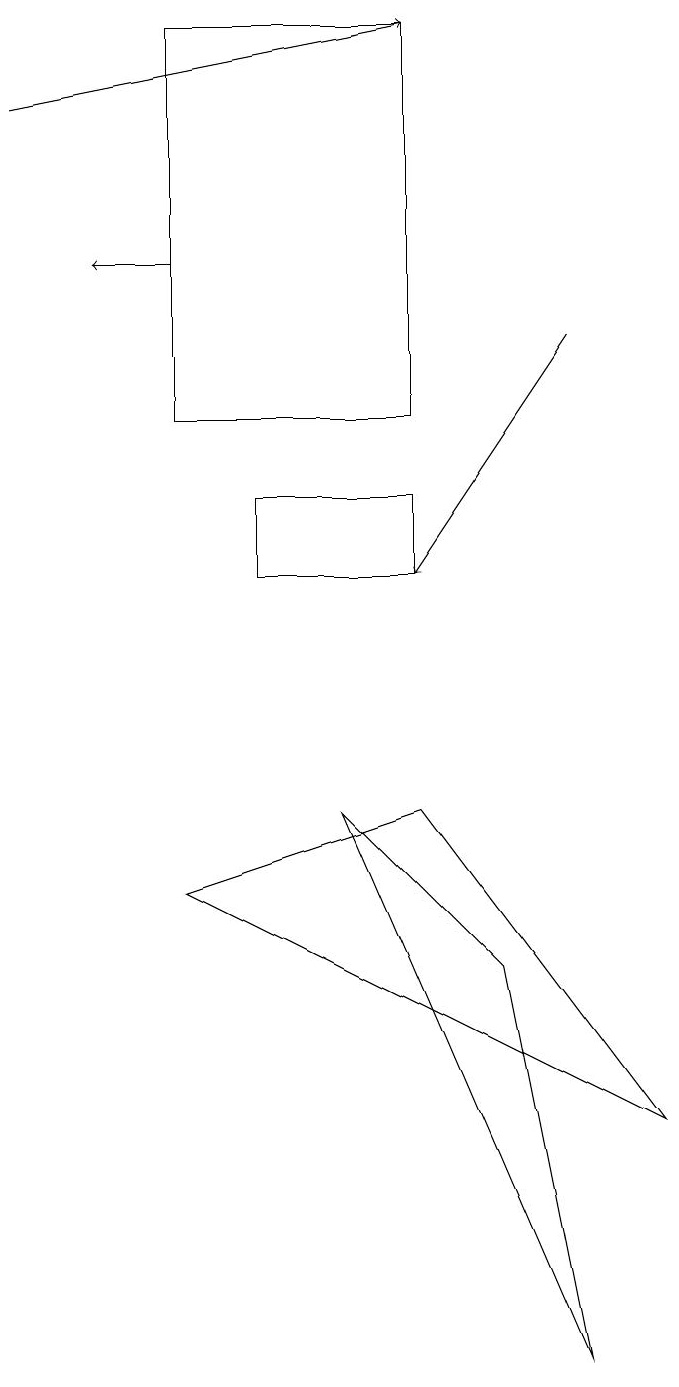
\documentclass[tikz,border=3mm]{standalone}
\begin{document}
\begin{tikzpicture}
\draw[->] (7,13) -- (5,10);
\draw (2,12) rectangle (5,17);
\draw[->] (0,16) -- (5,17);
\draw[->] (2,14) -- (1,14);
\draw (7,0) -- (6,5) -- (4,7) -- cycle;
\draw (8,3) -- (5,7) -- (2,6) -- cycle;
\draw (5,10) rectangle (3,11);
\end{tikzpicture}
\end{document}